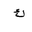
Letter: _kaf